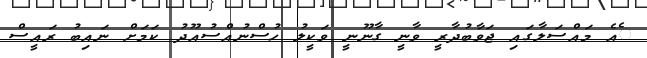
ެއެ މައްސަލާގައި ޖަވާބުދާރީ ވާނީ ގާނޫނީ ވަކީލު ހުސްނުއްސުއޫދު ކަމަށް ނައިބު ރައީސް